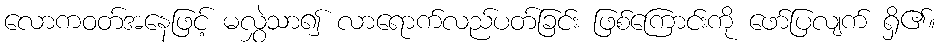
လောကဝတ်အနေဖြင့် မလွှဲသာ၍ လာရောက်လည်ပတ်ခြင်း ဖြစ်ကြောင်းကို ဖော်ပြလျက် ရှိ၏။